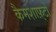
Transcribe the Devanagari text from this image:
कैमशाफ़्टों